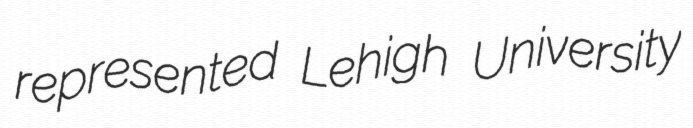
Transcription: represented Lehigh University